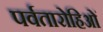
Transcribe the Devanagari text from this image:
पर्वतारोहिओं